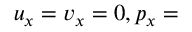
u _ { x } = v _ { x } = 0 , p _ { x } =